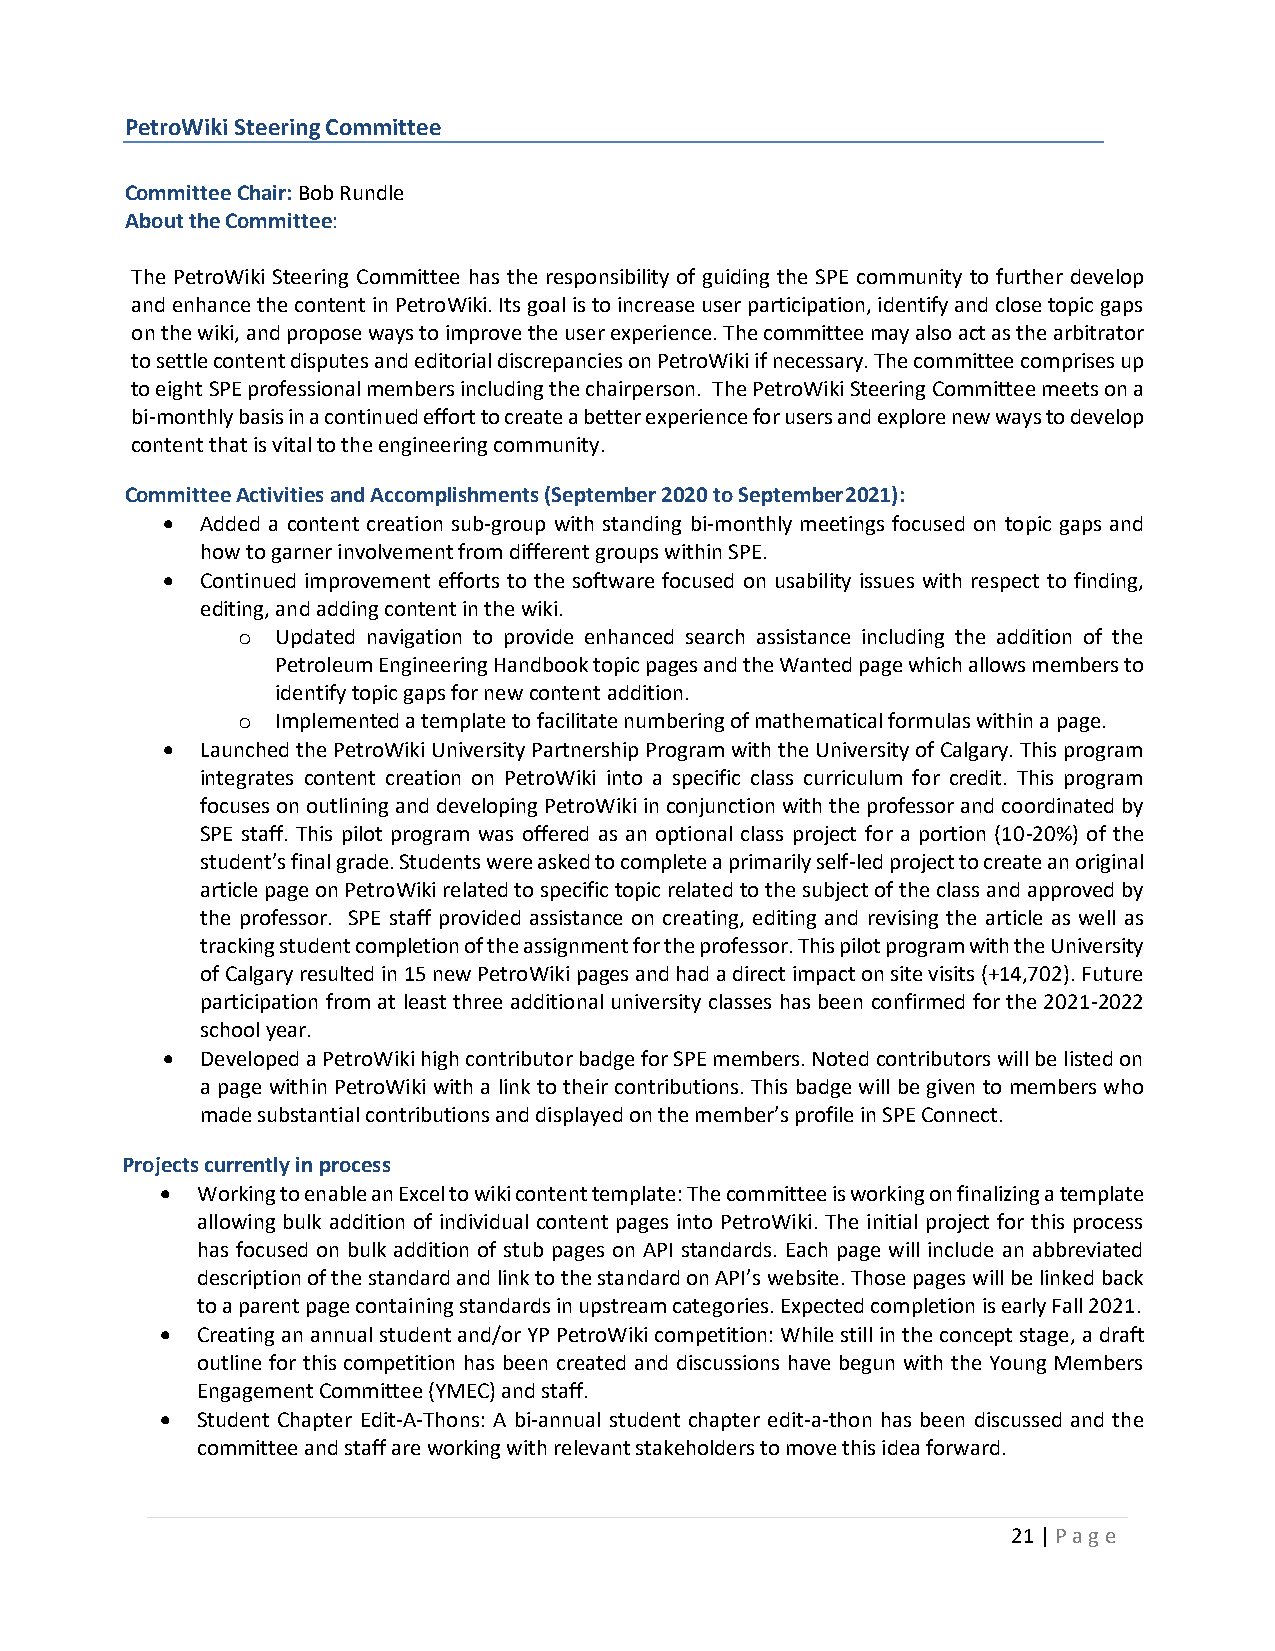
PetroWiki Steering Committee
 Committee Chair: Bob Rundle
 About the Committee:
 The PetroWiki Steering Committee has the responsibility of guiding the SPE community to further develop
 and enhance the content in PetroWiki. Its goal is to increase user participation, identify and close topic gaps
 on the wiki, and propose ways to improve the user experience. The committee may also act as the arbitrator
 to settle content disputes and editorial discrepancies on PetroWiki if necessary. The committee comprises up
 to eight SPE professional members including the chairperson. The PetroWiki Steering Committee meets on a
 bi-monthly basis in a continued effort to create a better experience for users and explore new ways to develop
 content that is vital to the engineering community.
 Committee Activities and Accomplishments (September 2020 to September 2021):
 • Added a content creation sub-group with standing bi-monthly meetings focused on topic gaps and
 how to garner involvement from different groups within SPE.
 • Continued improvement efforts to the software focused on usability issues with respect to finding,
 editing, and adding content in the wiki.
 o Updated navigation to provide enhanced search assistance including the addition of the
 Petroleum Engineering Handbook topic pages and the Wanted page which allows members to
 identify topic gaps for new content addition.
 o Implemented a template to facilitate numbering of mathematical formulas within a page.
 • Launched the PetroWiki University Partnership Program with the University of Calgary. This program
 integrates content creation on PetroWiki into a specific class curriculum for credit. This program
 focuses on outlining and developing PetroWiki in conjunction with the professor and coordinated by
 SPE staff. This pilot program was offered as an optional class project for a portion (10-20%) of the
 student’s final grade. Students were asked to complete a primarily self-led project to create an original
 article page on PetroWiki related to specific topic related to the subject of the class and approved by
 the professor. SPE staff provided assistance on creating, editing and revising the article as well as
 tracking student completion of the assignment for the professor. This pilot program with the University
 of Calgary resulted in 15 new PetroWiki pages and had a direct impact on site visits (+14,702). Future
 participation from at least three additional university classes has been confirmed for the 2021-2022
 school year.
 • Developed a PetroWiki high contributor badge for SPE members. Noted contributors will be listed on
 a page within PetroWiki with a link to their contributions. This badge will be given to members who
 made substantial contributions and displayed on the member’s profile in SPE Connect.
 Projects currently in process
 • Working to enable an Excel to wiki content template: The committee is working on finalizing a template
 allowing bulk addition of individual content pages into PetroWiki. The initial project for this process
 has focused on bulk addition of stub pages on API standards. Each page will include an abbreviated
 description of the standard and link to the standard on API’s website. Those pages will be linked back
 to a parent page containing standards in upstream categories. Expected completion is early Fall 2021.
 • Creating an annual student and/or YP PetroWiki competition: While still in the concept stage, a draft
 outline for this competition has been created and discussions have begun with the Young Members
 Engagement Committee (YMEC) and staff.
 • Student Chapter Edit-A-Thons: A bi-annual student chapter edit-a-thon has been discussed and the
 committee and staff are working with relevant stakeholders to move this idea forward.
 21 | P a g e